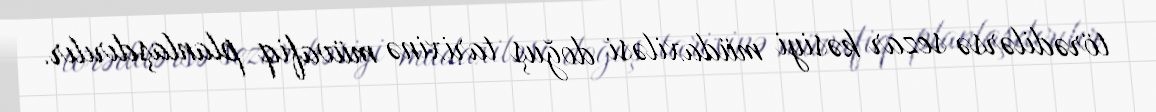
törədilərsə sezar kəsiyi müdaxiləsi doğuş tarixinə müvafiq planlaşdırılır.